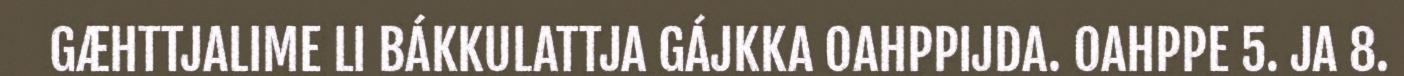
GÆHTTJALIME LI BÁKKULATTJA GÁJKKA OAHPPIJDA. OAHPPE 5. JA 8.